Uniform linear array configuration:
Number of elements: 16
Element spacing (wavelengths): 1
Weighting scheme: binomial
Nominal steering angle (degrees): -45
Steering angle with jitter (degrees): -45.214
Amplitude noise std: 0.05
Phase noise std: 0.05

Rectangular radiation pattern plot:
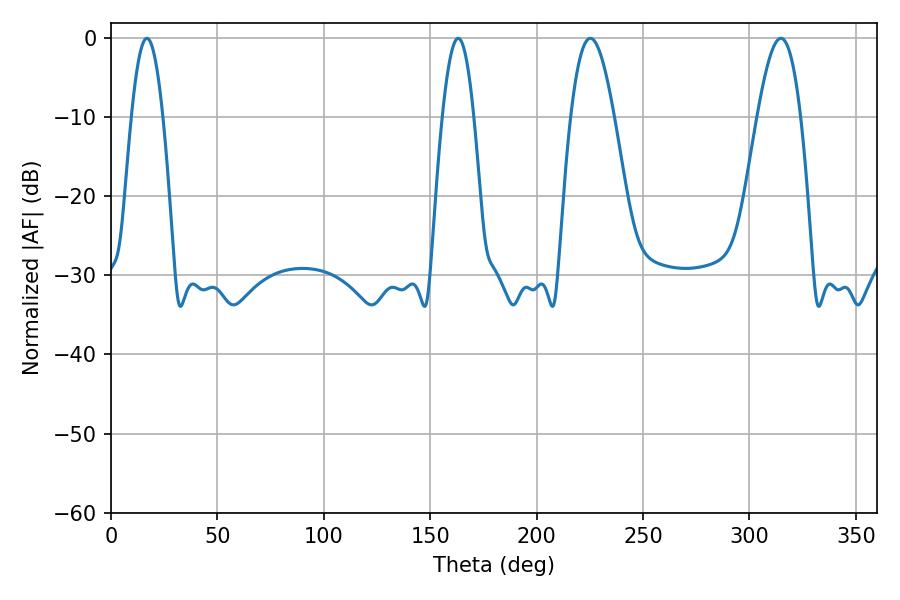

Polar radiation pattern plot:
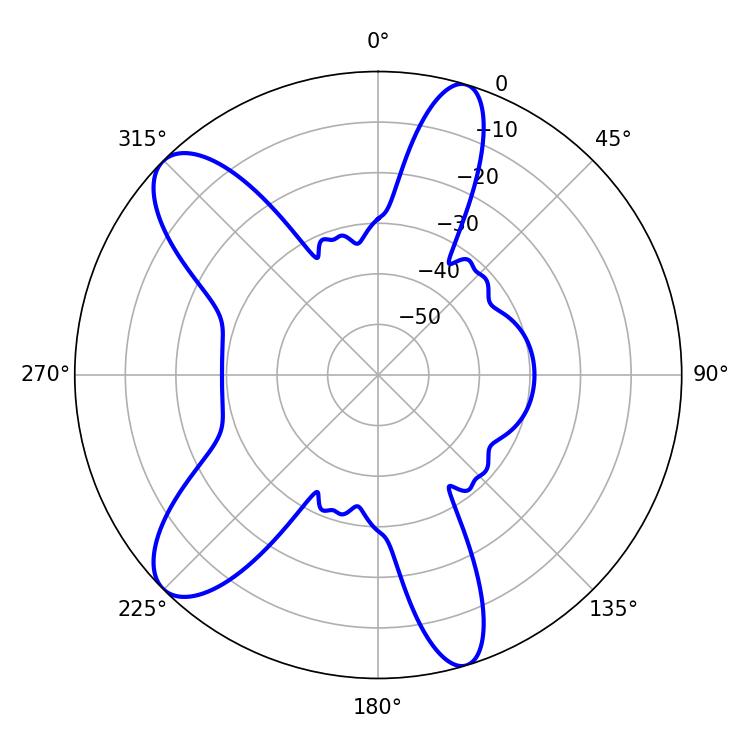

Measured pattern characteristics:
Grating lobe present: TRUE
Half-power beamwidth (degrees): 11.16
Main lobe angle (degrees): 225.18